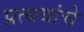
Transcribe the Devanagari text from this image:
प्रत्ययांचे